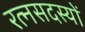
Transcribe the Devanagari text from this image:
रत्नसदस्यों